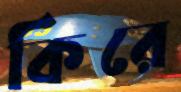
কিরে